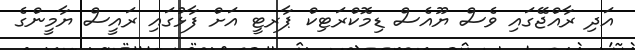
އަދި ރާއްޖޭގައި ވެސް ޔޫއެސް ޑިމޮކްރަޓިކް ޕާރޓީ އަށް ފާޅުގައި ރައީސް ޔާމީންގެ